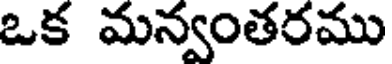
ఒక మన్వంతరము